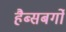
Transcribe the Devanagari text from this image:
हैब्सबर्गों